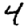
Digit: 4